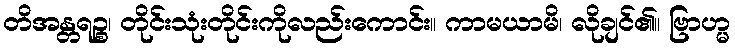
တိအန္တရဉ္စ၊ တိုင်းသုံးတိုင်းကိုလည်းကောင်း။ ကာမယာမိ၊ လိုချင်၏။ ဗြာဟ္မ